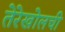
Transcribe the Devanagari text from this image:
तेरेखोलची